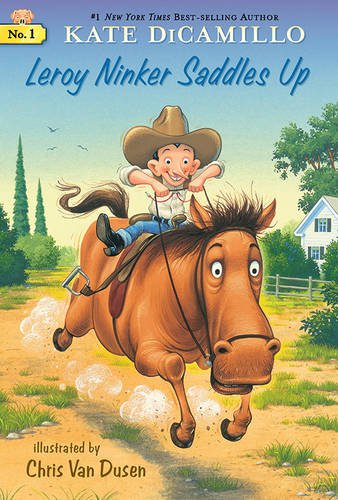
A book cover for Leroy Ninker Saddles Up: Tales from Deckawoo Drive, Volume One; Kate DiCamillo; Children's Books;